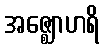
အဇ္ဈောဟရိ